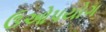
ઉઓપયોગ